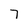
Character: 7